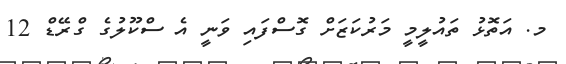
މ. އަތޮޅު ތައުލީމީ މަރުކަޒަށް ގޮސްފައި ވަނީ އެ ސްކޫލުގެ ގްރޭޑް 12